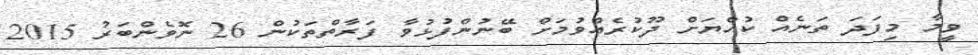
ވީމާ މިފަދަ ތަނެއް ކުއްޔަށް ދޫކުރެއްވުމަށް ބޭނުންފުޅުވާ ފަރާތްތަކުން 26 ނޮވެންބަރު 2015